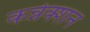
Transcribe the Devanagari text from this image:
कन्नेक्शन